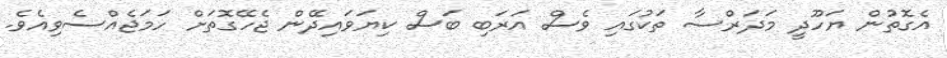
އެގޮތުން ޔަހޫދީ މަދަރްސާ ތަކުގައި ވެސް އަރަބި ބަސް ކިޔަވައިދޭން ޖެހޭގޮތަށް ހަމަޖެއްސެވިއެވެ.